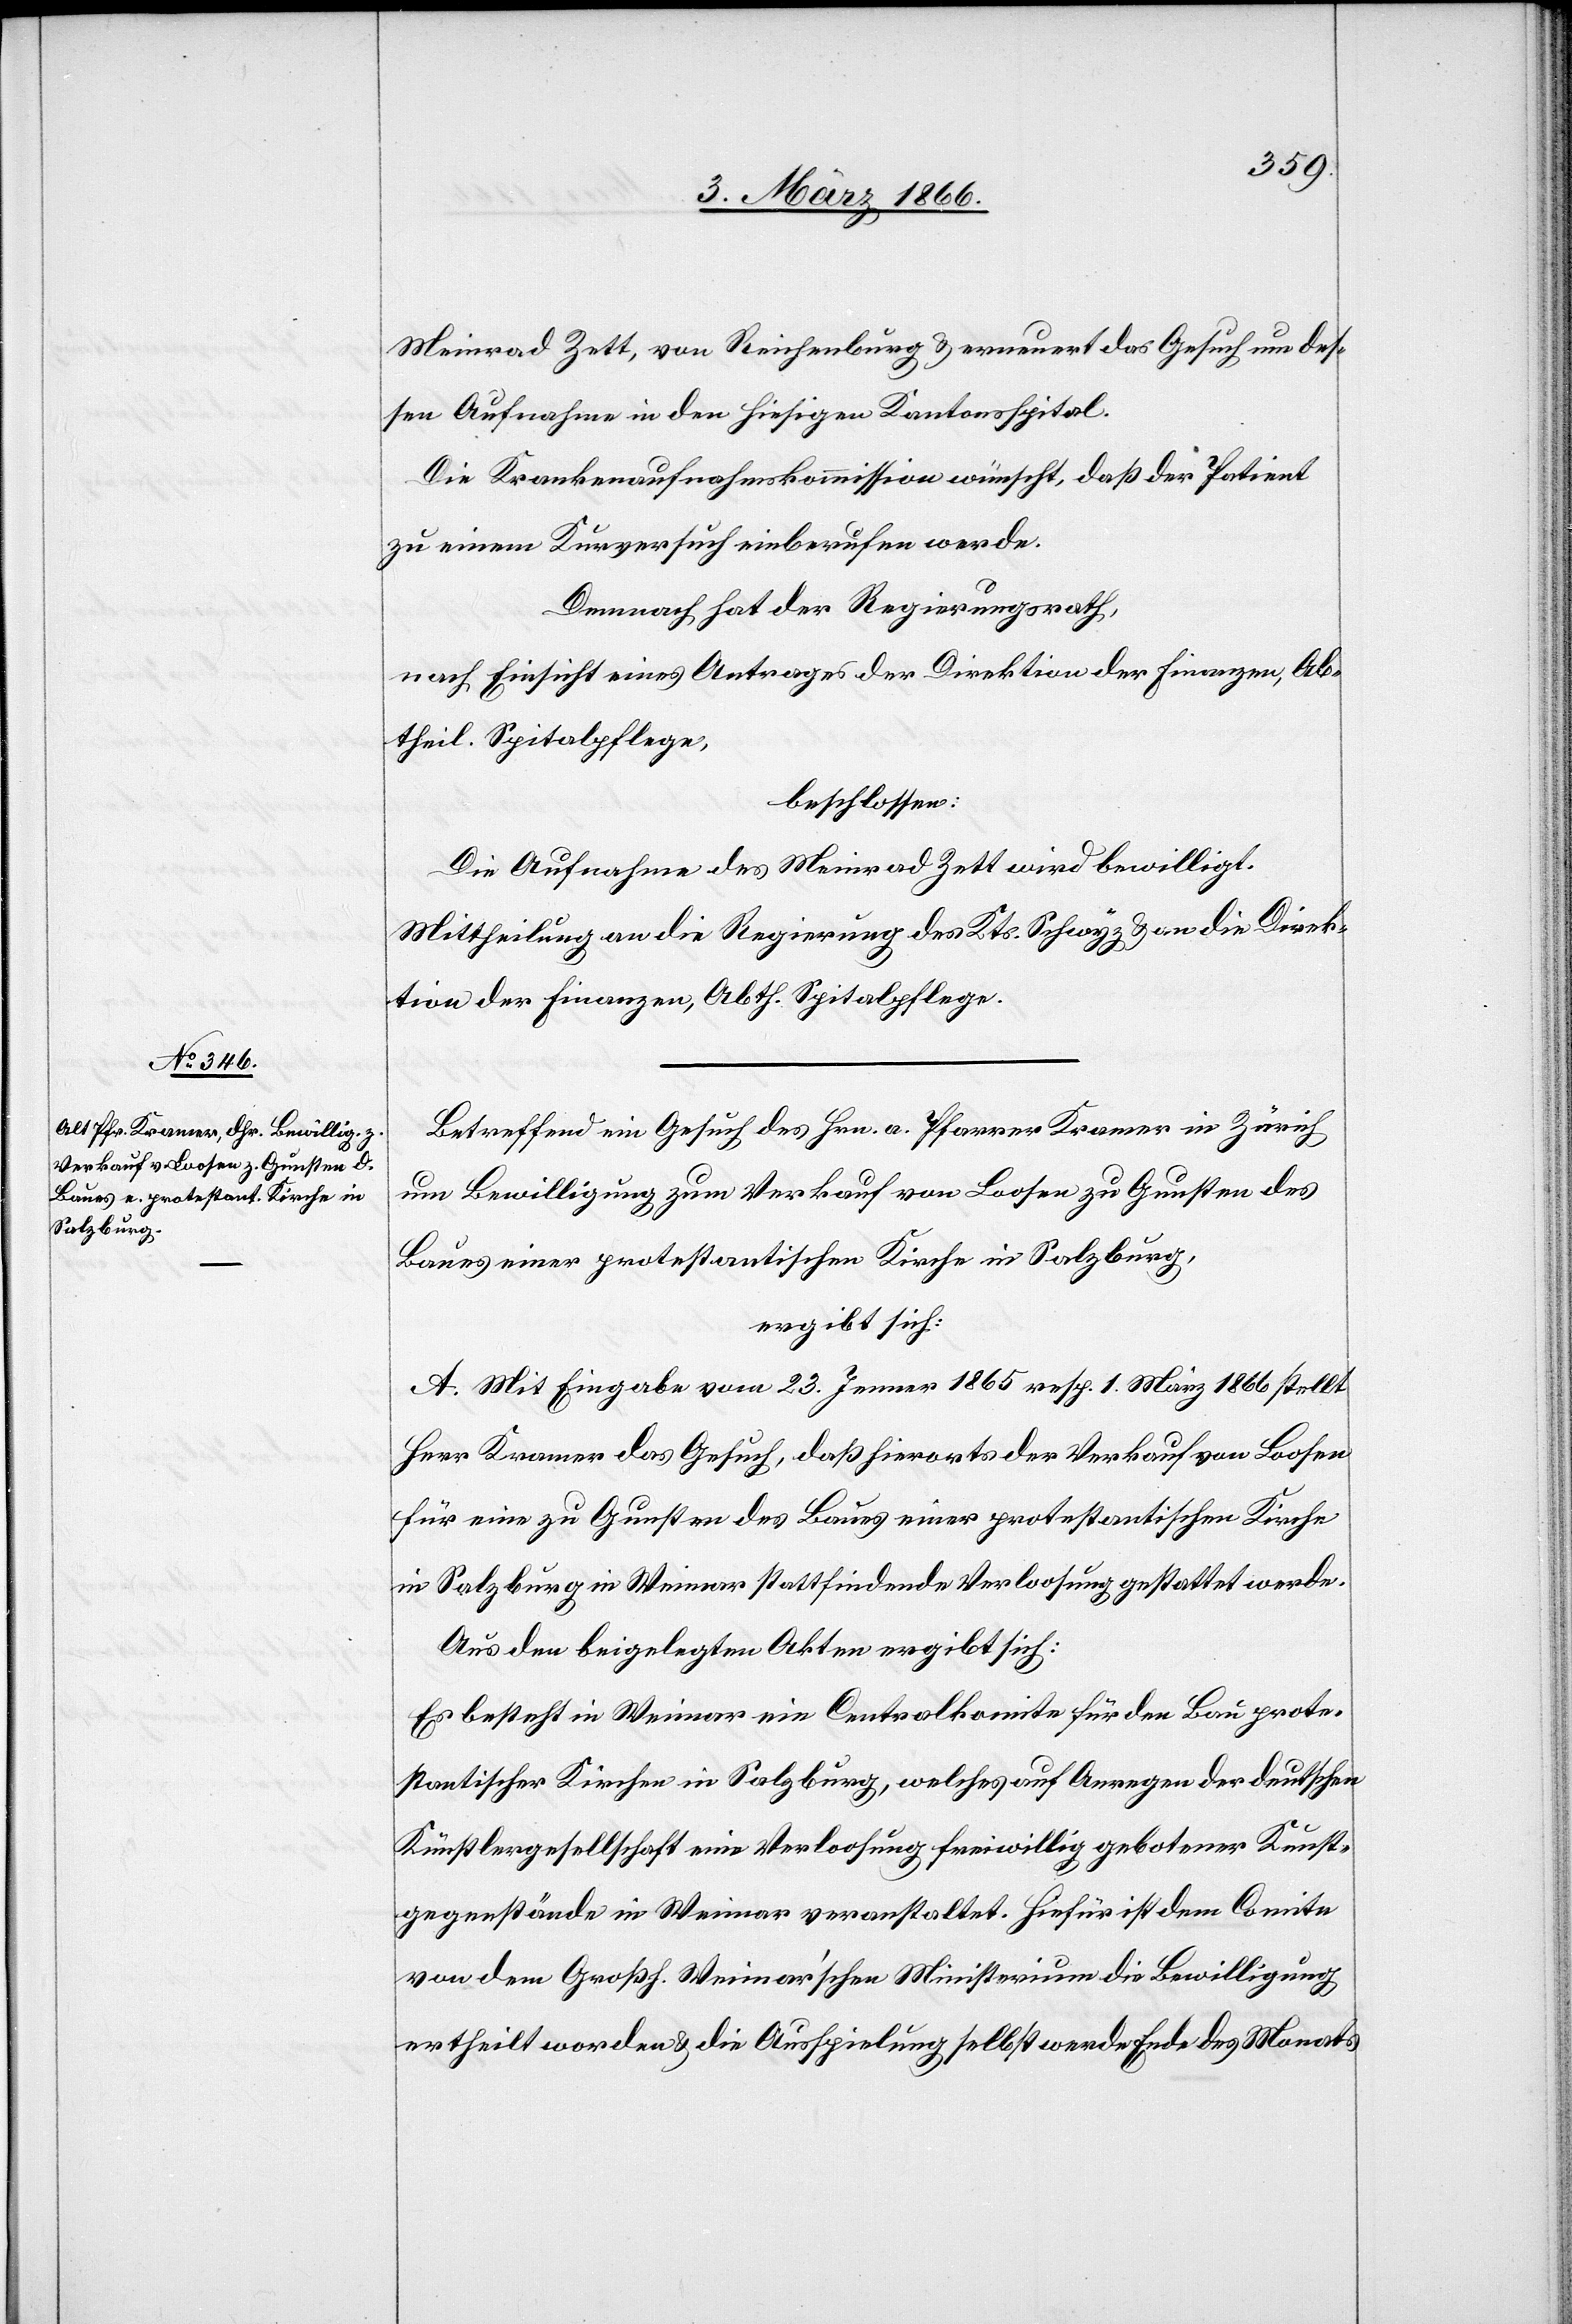
Meinrad Zett, von Reichenburg u. erneuert das Gesuch um des¬
sen Aufnahme in den hiesigen Kantonsspital.
Die Krankenaufnahmekommission wünscht, daß der Patient
zu einem Kurversuch einberufen werde.
Demnach hat der Regierungsrath,
nach Einsicht eines Antrages der Direktion der Finanzen, Ab¬
theil. Spitalpflege,
beschlossen:
Die Aufnahme des Meinrad Zett wird bewilligt.
Mittheilung an die Regierung des Kts. Schwyz u. an die Direk¬
tion der Finanzen, Abth. Spitalpflege.
Betreffend ein Gesuch des Hrn. a. Pfarrer Kramer in Zürich
um Bewilligung zum Verkauf von Loosen zu Gunsten des
Baues einer protestantischen Kirche in Salzburg,
ergibt sich:
A. Mit Eingabe vom 23. Jenner 1865 resp. 1. März 1866 stellt
Herr Kramer das Gesuch, daß hierorts der Verkauf von Loosen
für eine zu Gunsten des Baues einer protestantischen Kirche
in Salzburg in Weimar stattfindenden Verloosung gestattet werde.
Aus den beigelegten Akten ergibt sich:
Es besteht in Weimar ein Centralkomite für den Bau prote¬
stantischer Kirchen in Salzburg, welches auf Anregen der deutschen
Künstlergesellschaft eine Verloosung freiwillig gebotener Kunst¬
gegenstände in Weimar veranstaltet. Hiefür ist dem Comite
von dem Großh. Weimar’schen Ministerium die Bewilligung
ertheilt worden u. die Ausspielung selbst werde Ende des Monats